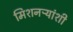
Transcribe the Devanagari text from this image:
मिशनऱ्यांशी